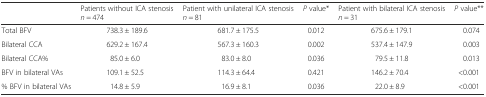
<table><thead><tr><td></td><td><b>Patients without ICA stenosis <i>n</i> = 474</b></td><td><b>Patient with unilateral ICA stenosis <i>n</i> = 81</b></td><td><b><i>P</i> value*</b></td><td><b>Patient with bilateral ICA stenosis <i>n</i> = 31</b></td><td><b><i>P</i> value**</b></td></tr></thead><tbody><tr><td>Total BFV</td><td>738.3 ± 189.6</td><td>681.7 ± 175.5</td><td>0.012</td><td>675.6 ± 179.1</td><td>0.074</td></tr><tr><td>Bilateral CCA</td><td>629.2 ± 167.4</td><td>567.3 ± 160.3</td><td>0.002</td><td>537.4 ± 147.9</td><td>0.003</td></tr><tr><td>Bilateral CCA%</td><td>85.0 ± 6.0</td><td>83.0 ± 8.0</td><td>0.036</td><td>79.5 ± 11.8</td><td>0.013</td></tr><tr><td>BFV in bilateral VAs</td><td>109.1 ± 52.5</td><td>114.3 ± 64.4</td><td>0.421</td><td>146.2 ± 70.4</td><td>&lt;0.001</td></tr><tr><td>% BFV in bilateral VAs</td><td>14.8 ± 5.9</td><td>16.9 ± 8.1</td><td>0.036</td><td>22.0 ± 8.9</td><td>&lt;0.001</td></tr></tbody></table>